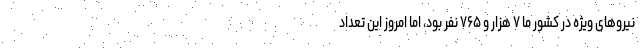
نیرو‌های ویژه در کشور ما ۷ هزار و ۷۶۵ نفر بود، اما امروز این تعداد